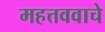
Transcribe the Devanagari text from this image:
महत्तववाचे